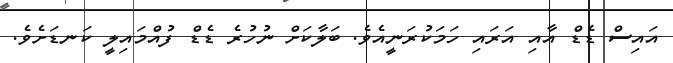
އައިސް ޑެޑް އާއި އަރައި ހަމަކުރަނީއެވެ. ބަލާކަށް ނުހުރެ ޑެޑް ފުއްމައިލީ ކަނޑަށެވެ.